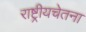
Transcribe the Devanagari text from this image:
राष्ट्रीयचेतना